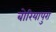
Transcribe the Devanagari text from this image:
बोरियापुरा